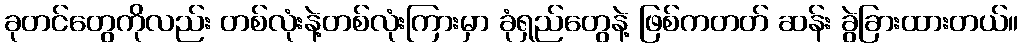
ခုတင်တွေကိုလည်း တစ်လုံးနဲ့တစ်လုံးကြားမှာ ခုံရှည်တွေနဲ့ ဖြစ်ကတတ် ဆန်း ခွဲခြားထားတယ်။